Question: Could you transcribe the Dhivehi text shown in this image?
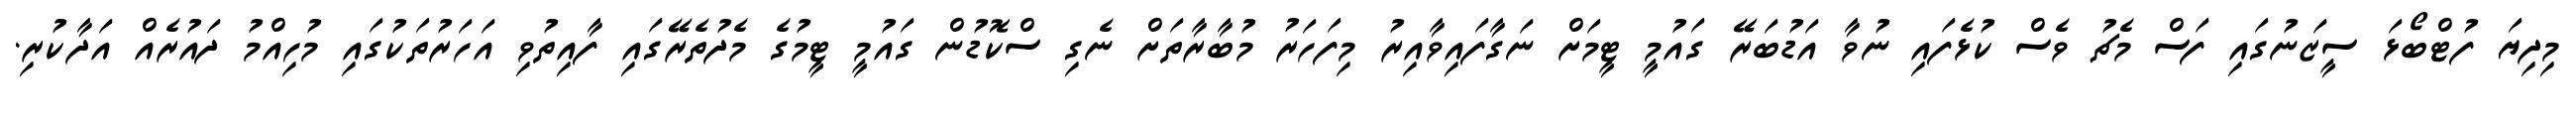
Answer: މިދިޔަ ފުޓްބޯޅަ ސީޒަނުގައި ފަސް މެޗު ވެސް ކުޅެފައި ނުވާ އަޑުބަރޭ ގައުމީ ޓީމަށް ނަގާފައިވާއިރު މިފަހަރު މުބާރާތަށް ނެގި ސްކޮޑުން ގައުމީ ޓީމުގެ މެދުތެރޭގައި ފާއިތުވި އަހަރުތަކުގައި މުހިއްމު ދައުރެއް އަދާކުރި.